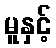
မူနှင့်